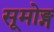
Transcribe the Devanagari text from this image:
सूमोङ्ग